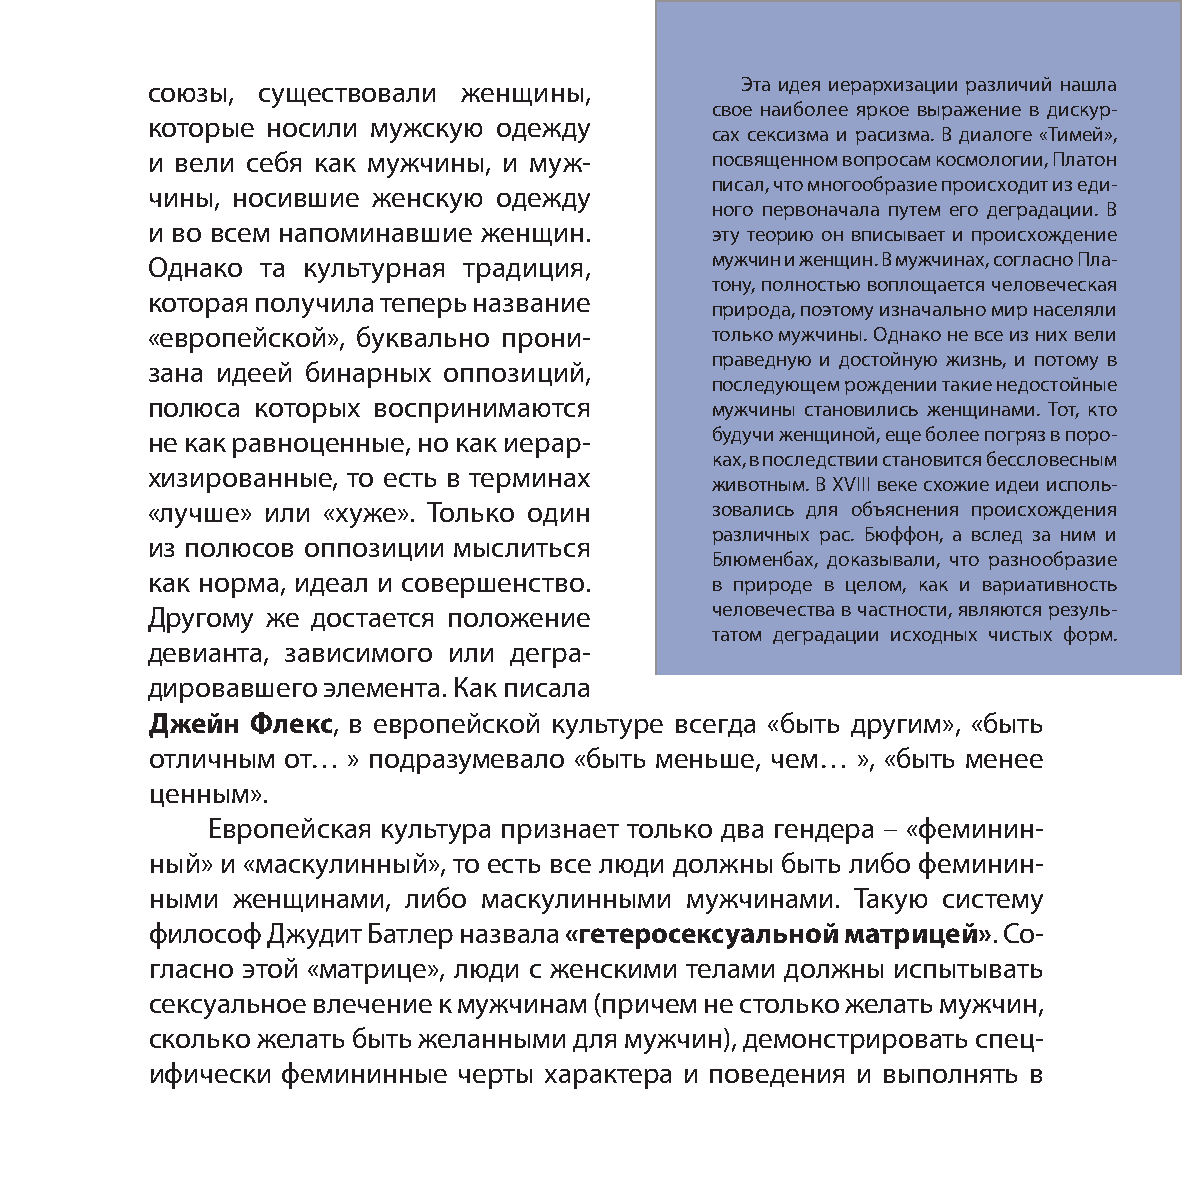
союзы, существовали  женщины,          Эта идея иерархизации различий нашла
 свое наиболее яркое выражение в дискур-
 которые носили мужскую одежду
 сах сексизма и расизма. В диалоге «Тимей»,
 и вели себя как мужчины, и муж-      посвященном вопросам космологии, Платон
 писал, что многообразие происходит из еди-
 чины, носившие женскую одежду
 ного первоначала путем его деградации. В
 и во всем напоминавшие женщин.       эту теорию он вписывает и происхождение
 Однако та культурная традиция,       мужчин и женщин. В мужчинах, согласно Пла-
 тону, полностью воплощается человеческая
 которая получила теперь название
 природа, поэтому изначально мир населяли
 «европейской», буквально прони-      только мужчины. Однако не все из них вели
 праведную и достойную жизнь, и потому в
 зана идеей бинарных оппозиций,
 последующем рождении такие недостойные
 полюса которых воспринимаются        мужчины становились женщинами. Тот, кто
 не как равноценные, но как иерар-    будучи женщиной, еще более погряз в поро-
 ках, в последствии становится бессловесным
 хизированные, то есть в терминах
 животным. В XVIII веке схожие идеи исполь-
 «лучше» или «хуже». Только один      зовались для объяснения происхождения
 различных рас. Бюффон, а вслед за ним и
 из полюсов оппозиции мыслиться
 Блюменбах, доказывали, что разнообразие
 как норма, идеал и совершенство.     в природе в целом, как и вариативность
 Другому же достается положение       человечества в частности, являются резуль-
 татом деградации исходных чистых форм.
 девианта, зависимого или дегра-
 дировавшего элемента. Как писала
 Джейн  Флекс, в европейской культуре всегда «быть другим», «быть
 отличным от… » подразумевало «быть меньше, чем… », «быть менее
 ценным».
 Европейская культура признает только два гендера – «феминин-
 ный» и «маскулинный», то есть все люди должны быть либо феминин-
 ными женщинами,  либо маскулинными мужчинами.  Такую систему
 философ Джудит Батлер назвала «гетеросексуальной матрицей». Со-
 гласно этой «матрице», люди с женскими телами должны испытывать
 сексуальное влечение к мужчинам (причем не столько желать мужчин,
 сколько желать быть желанными для мужчин), демонстрировать спец-
 ифически фемининные черты характера и поведения и выполнять в